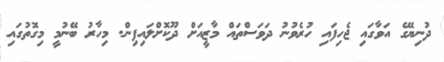
ދުނިޔޭގެ އަވާގައި ޖެހިފައި ހުރެވުނު ދަވަސްތައް މާޒީއަށް ދޫކޮށްލައިފިން. މިހާރު ބޭނުމީ މިގޮތުގައި